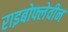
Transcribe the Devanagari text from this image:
राइबोफ्लेवीन